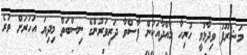
މަޝްރޫފު ވިދާޅުވީ ހުރިހާ މާއްދާއަކުން ފާސްވާ ދަރިވަރުންގެ ނިސްބަތް މިދިޔަ އަހަރަށް ވުރެ